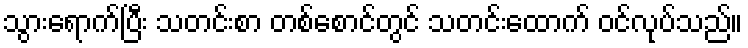
သွားရောက်ပြီး သတင်းစာ တစ်စောင်တွင် သတင်းထောက် ဝင်လုပ်သည်။